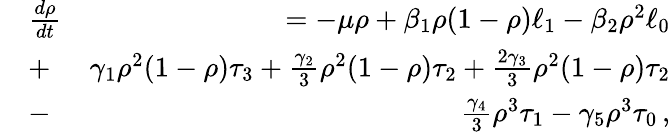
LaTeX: \begin{array}{rlr}&{\frac{d\rho}{dt}}&{=-\mu\rho+\beta_{1}\rho(1-\rho)\ell_{1}-\beta_{2}\rho^{2}\ell_{0}}\\ &{+}&{\gamma_{1}\rho^{2}(1-\rho)\tau_{3}+\frac{\gamma_{2}}{3}\rho^{2}(1-\rho)\tau_{2}+\frac{2\gamma_{3}}{3}\rho^{2}(1-\rho)\tau_{2}}\\ &{-}&{\frac{\gamma_{4}}{3}\rho^{3}\tau_{1}-\gamma_{5}\rho^{3}\tau_{0}\, ,}\end{array}